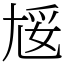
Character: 㞂